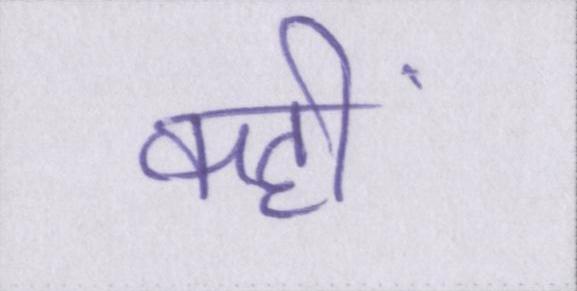
कहीं